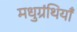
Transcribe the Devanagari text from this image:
मधुग्रंथियाँ